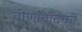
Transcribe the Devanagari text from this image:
वीणावादकों